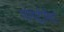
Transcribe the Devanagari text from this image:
मॉनोट्रीमैटा